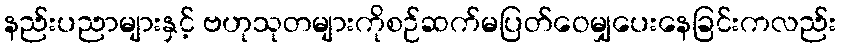
နည်းပညာများနှင့် ဗဟုသုတများကိုစဉ်ဆက်မပြတ်ဝေမျှပေးနေခြင်းကလည်း